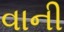
વાની